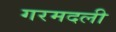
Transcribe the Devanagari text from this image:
गरमदली